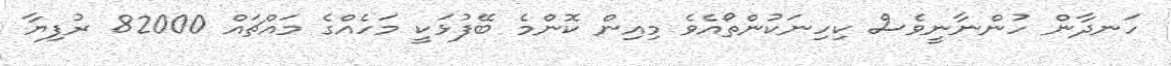
ހަނދާން ހުންނާނީވެސް ކިހިނަކުންތޯއެވެ މިއިން ކޮންމެ ބޭފުޅަކީ މަހެއްގެ މައްޗައް 82000 ރުފިޔާ